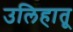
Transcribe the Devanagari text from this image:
उलिहातू